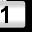
Digit: 1